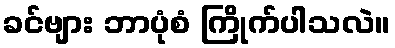
ခင်ဗျား ဘာပုံစံ ကြိုက်ပါသလဲ။